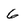
Character: 6